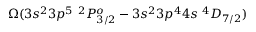
\Omega ( 3 s ^ { 2 } 3 p ^ { 5 } ~ ^ { 2 } P _ { 3 / 2 } ^ { o } - 3 s ^ { 2 } 3 p ^ { 4 } 4 s ~ ^ { 4 } D _ { 7 / 2 } )